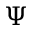
\Psi